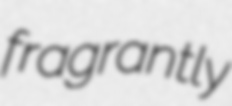
fragrantly